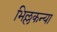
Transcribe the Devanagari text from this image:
भिल्लकन्या